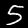
Digit: 5